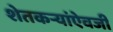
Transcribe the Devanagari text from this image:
शेतकऱ्यांऐवजी